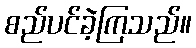
စည်ပင်ခဲ့ကြသည်။